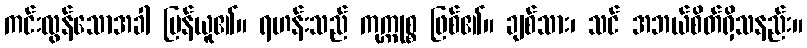
ကင်းလွန်သောအခါ ပြန်ယူ၏။ ရဟန်းသည် ကုက္ကုစ္စ ဖြစ်၏။ ချစ်သား၊ သင် အဘယ်စိတ်ရှိသနည်း။